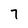
Character: 7